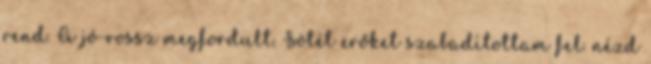
rend. A jó-rossz megfordult. Sötét erőket szabadítottam fel. nézd